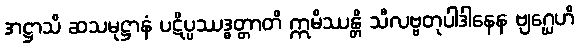
အဋ္ဌာသိ ဆသမုဋ္ဌာနံ ပဋိပ္ပဿဒ္ဓတ္တာတိ ဣမိဿန္တိ သီလဗ္ဗတုပါဒါနေန ဗျဂ္ဃေဟိ